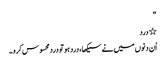
“
٭ درد
اُن دنوں میں نے سیکھا ، درد ہو تو دردمحسوس کرو ۔